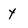
Character: y